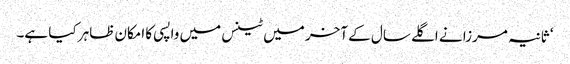
‘ ثانیہ مرزا نے اگلے سال کے آخر میں ٹینس میں واپسی کا امکان ظاہر کیا ہے۔